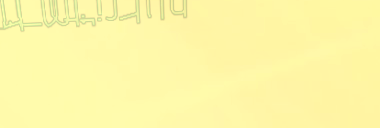
محلات بيع الأجهزة الإلكتر